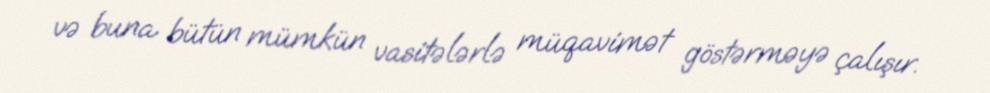
və buna bütün mümkün vasitələrlə müqavimət göstərməyə çalışır.